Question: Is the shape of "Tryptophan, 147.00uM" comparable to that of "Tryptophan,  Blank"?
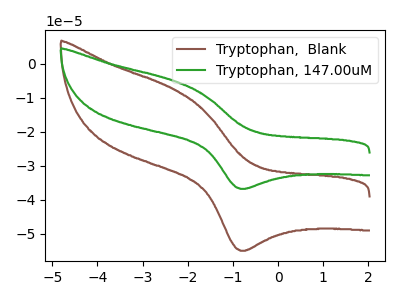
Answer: <think>The brown curve "Tryptophan,  Blank" has an anodic peak at (-2.30V, -7.65uA) and a cathodic peak at (-0.80V, -55.00uA). The green curve "Tryptophan, 147.00uM" has an anodic peak at (-2.30V, -5.10uA) and a cathodic peak at (-0.80V, -36.80uA).
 All the peaks in "Tryptophan, 147.00uM" have a peak in "Tryptophan,  Blank" at the same potential.</think>
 <answer>"Tryptophan, 147.00uM" and "Tryptophan,  Blank" are similar in shape.</answer>
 <eval>same_shape</eval>